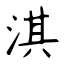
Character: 淇